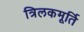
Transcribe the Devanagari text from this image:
त्रिलकमूर्ति